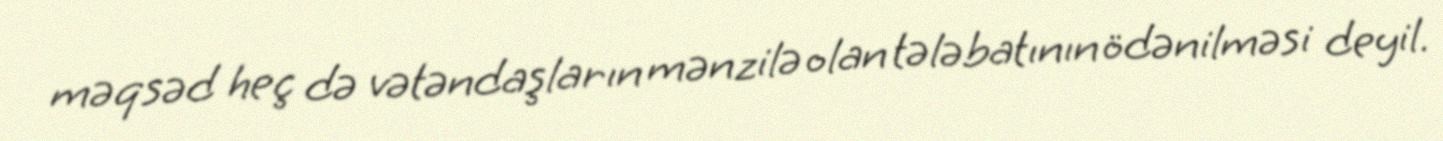
məqsəd heç də vətəndaşların mənzilə olan tələbatının ödənilməsi deyil.